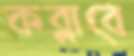
কব্‌লাবে